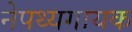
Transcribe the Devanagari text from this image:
नेपथ्यगायक